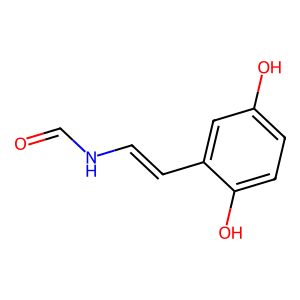
SMILES: O=CNC=Cc1cc(O)ccc1O
Inhibits HIV replication: No